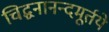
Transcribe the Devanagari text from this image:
चिद्घनानन्दमूर्तये